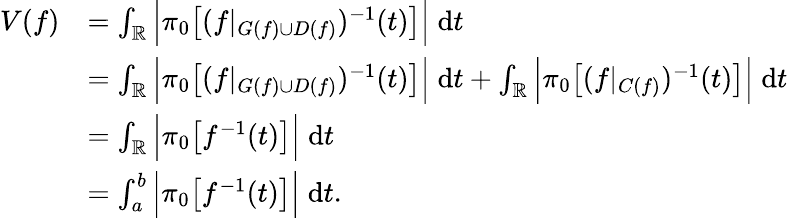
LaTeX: \begin{array}{rl}{V(f)}&{=\int_{\mathbb{R}}\Big|\pi_{0}\big[(f|_{G(f)\cup D(f)})^{-1}(t)\big]\Big|\; \mathrm{d}t}\\ &{=\int_{\mathbb{R}}\Big|\pi_{0}\big[(f|_{G(f)\cup D(f)})^{-1}(t)\big]\Big|\; \mathrm{d}t+\int_{\mathbb{R}}\Big|\pi_{0}\big[(f|_{C(f)})^{-1}(t)\big]\Big|\; \mathrm{d}t}\\ &{=\int_{\mathbb{R}}\Big|\pi_{0}\big[f^{-1}(t)\big]\Big|\; \mathrm{d}t}\\ &{=\int_{a}^{b}\Big|\pi_{0}\big[f^{-1}(t)\big]\Big|\; \mathrm{d}t.}\end{array}